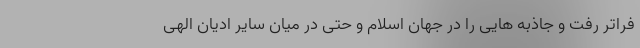
فراتر رفت و جاذبه هایی را در جهان اسلام و حتی در میان سایر ادیان الهی